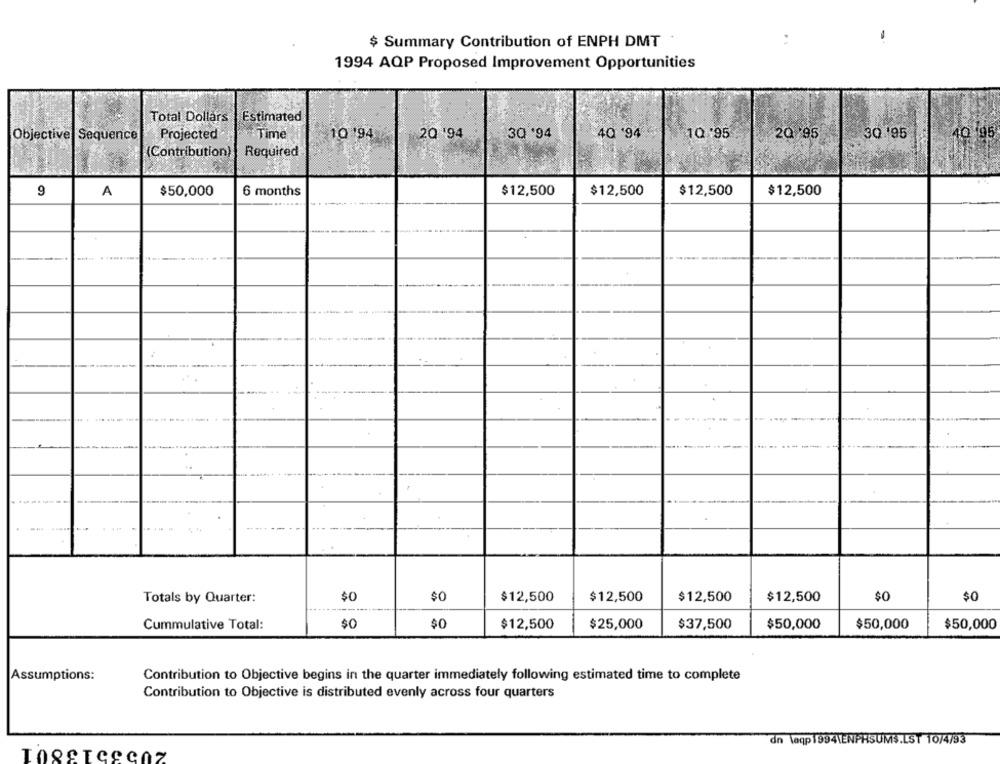
$ Summary Contribution of ENPH DMT
1994 AQP Proposed Improvement Opportunities
Total Dollars
Estimated
Objective Sequence
Projected
Time
10 194
2Q '94
3Q '94
4Q '94
10:95
2Q/95
30.95
40 95
(Contribution)
Required
9
A
6 months
$12,500
$12,500
$12,500
$50,000
$12,500
$0
$12,500
$0
Totals by Quarter:
$0
$12,500
$12,500
$12,500
$0
Cummulative Total:
$0
$0
$12,500
$25,000
$37,500
$50,000
$50,000
$50,000
Assumptions:
Contribution to Objective begins in the quarter immediately following estimated time to complete
Contribution to Objective is distributed evenly across four quarters
2055513801
dn laqp1994\ENPRSUMS.LST 10/4/93